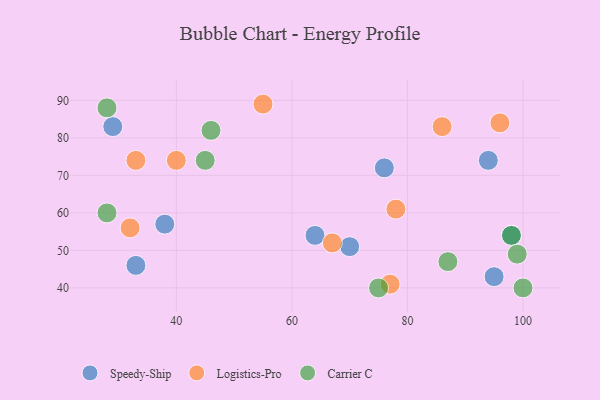
{"axis": {"x": "GDP", "y": "Life Expectancy"}, "legend": ["Carrier C", "Logistics-Pro", "Speedy-Ship"], "data": [{"x": "38", "y": 57, "type": "Speedy-Ship"}, {"x": "76", "y": 72, "type": "Speedy-Ship"}, {"x": "33", "y": 46, "type": "Speedy-Ship"}, {"x": "64", "y": 54, "type": "Speedy-Ship"}, {"x": "70", "y": 51, "type": "Speedy-Ship"}, {"x": "29", "y": 83, "type": "Speedy-Ship"}, {"x": "95", "y": 43, "type": "Speedy-Ship"}, {"x": "98", "y": 54, "type": "Speedy-Ship"}, {"x": "94", "y": 74, "type": "Speedy-Ship"}, {"x": "86", "y": 83, "type": "Logistics-Pro"}, {"x": "96", "y": 84, "type": "Logistics-Pro"}, {"x": "32", "y": 56, "type": "Logistics-Pro"}, {"x": "78", "y": 61, "type": "Logistics-Pro"}, {"x": "77", "y": 41, "type": "Logistics-Pro"}, {"x": "40", "y": 74, "type": "Logistics-Pro"}, {"x": "67", "y": 52, "type": "Logistics-Pro"}, {"x": "55", "y": 89, "type": "Logistics-Pro"}, {"x": "33", "y": 74, "type": "Logistics-Pro"}, {"x": "45", "y": 74, "type": "Carrier C"}, {"x": "99", "y": 49, "type": "Carrier C"}, {"x": "28", "y": 60, "type": "Carrier C"}, {"x": "28", "y": 88, "type": "Carrier C"}, {"x": "100", "y": 40, "type": "Carrier C"}, {"x": "98", "y": 54, "type": "Carrier C"}, {"x": "87", "y": 47, "type": "Carrier C"}, {"x": "46", "y": 82, "type": "Carrier C"}, {"x": "75", "y": 40, "type": "Carrier C"}]}